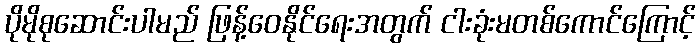
ပိုမိုစုဆောင်းပါမည် ဖြန့်ဝေနိုင်ရေးအတွက် ငါးခုံးမတစ်ကောင်ကြောင့်